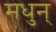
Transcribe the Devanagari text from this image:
मधुन्